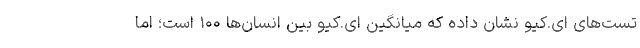
تست‌های ای.کیو نشان داده که میانگین ای.کیو بین انسان‌ها ۱۰۰ است؛ اما